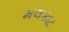
મલકાટ